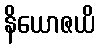
နိယောဇယိ